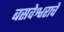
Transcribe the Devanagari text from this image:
बसवेश्वराचे